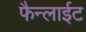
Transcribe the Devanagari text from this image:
फैन्लाईट